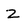
Character: Z